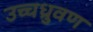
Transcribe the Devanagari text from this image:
उच्चध्रुवण